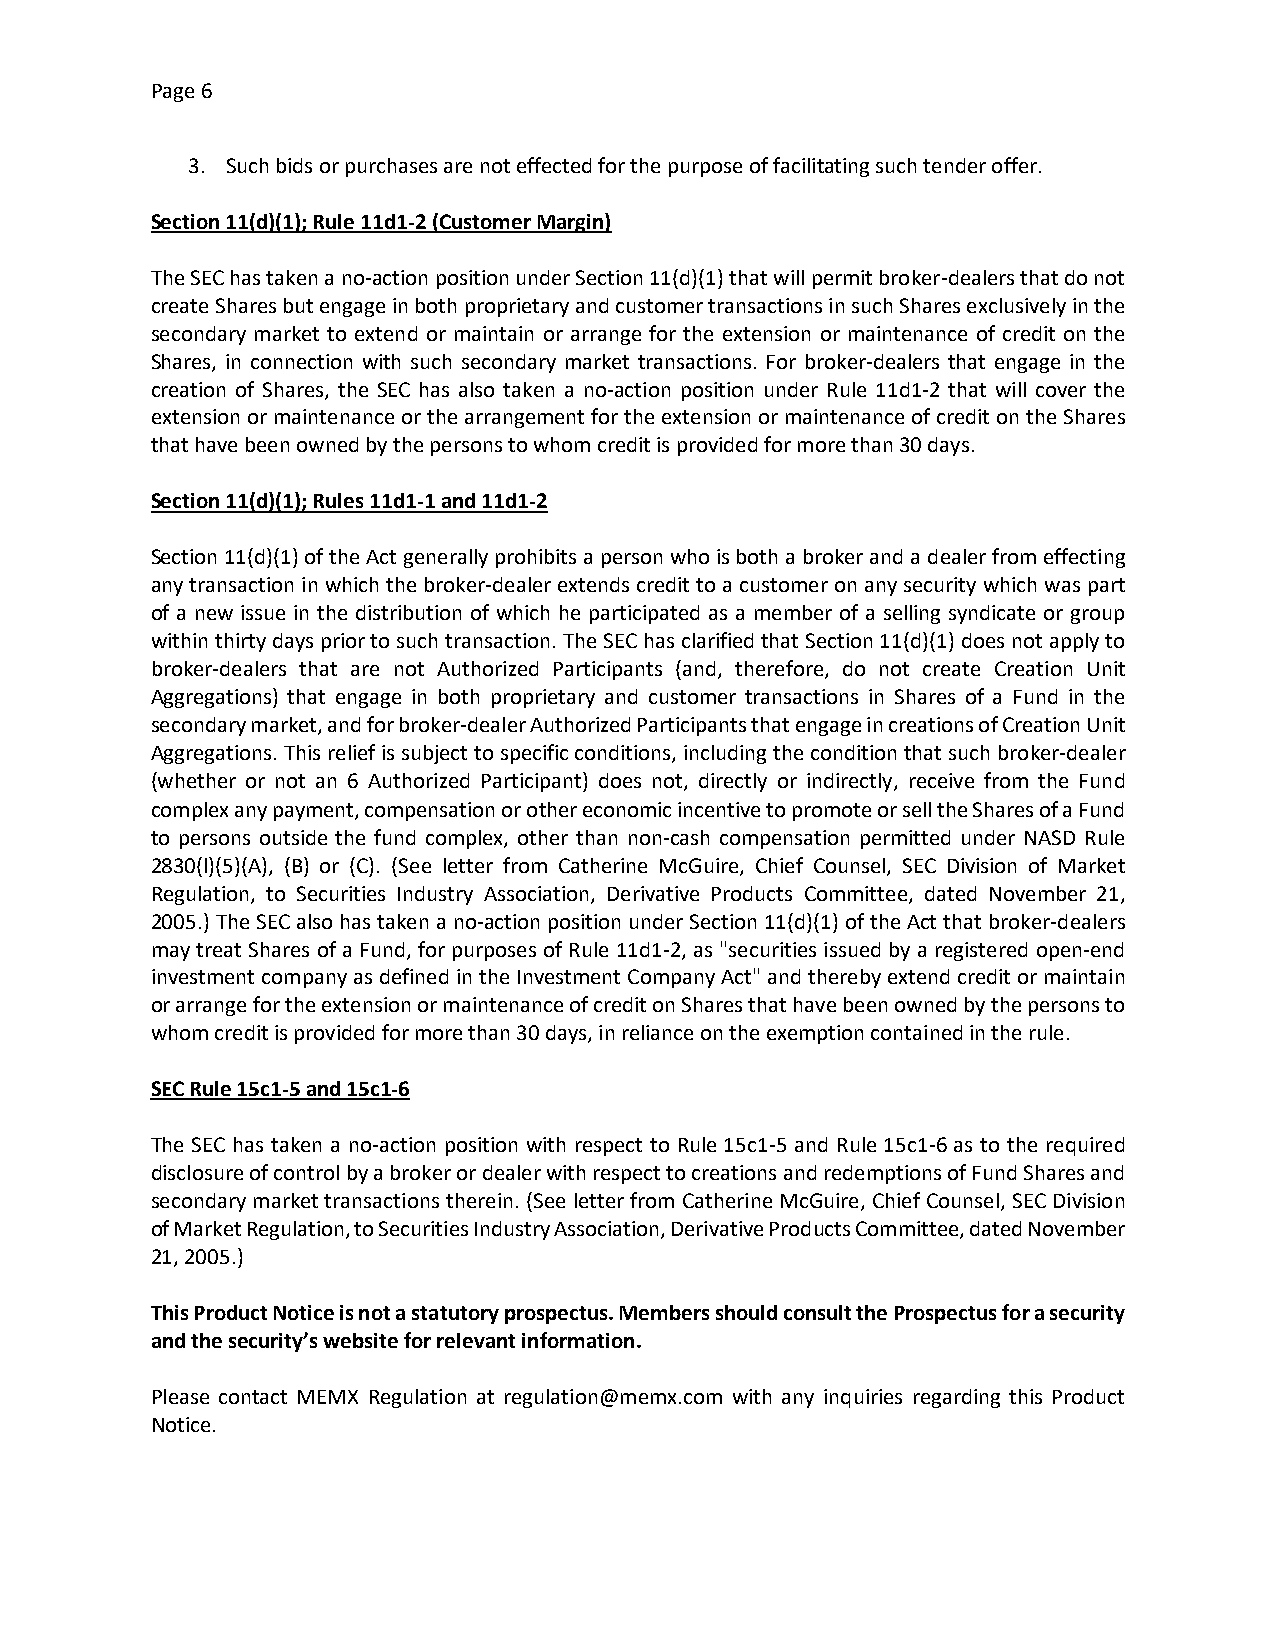
Page 6
 3. Such bids or purchases are not effected for the purpose of facilitating such tender offer.
 Section 11(d)(1); Rule 11d1-2 (Customer Margin)
 The SEC has taken a no-action position under Section 11(d)(1) that will permit broker-dealers that do not
 create Shares but engage in both proprietary and customer transactions in such Shares exclusively in the
 secondary market to extend or maintain or arrange for the extension or maintenance of credit on the
 Shares, in connection with such secondary market transactions. For broker-dealers that engage in the
 creation of Shares, the SEC has also taken a no-action position under Rule 11d1-2 that will cover the
 extension or maintenance or the arrangement for the extension or maintenance of credit on the Shares
 that have been owned by the persons to whom credit is provided for more than 30 days.
 Section 11(d)(1); Rules 11d1-1 and 11d1-2
 Section 11(d)(1) of the Act generally prohibits a person who is both a broker and a dealer from effecting
 any transaction in which the broker-dealer extends credit to a customer on any security which was part
 of a new issue in the distribution of which he participated as a member of a selling syndicate or group
 within thirty days prior to such transaction. The SEC has clarified that Section 11(d)(1) does not apply to
 broker-dealers that are not Authorized Participants (and, therefore, do not create Creation Unit
 Aggregations) that engage in both proprietary and customer transactions in Shares of a Fund in the
 secondary market, and for broker-dealer Authorized Participants that engage in creations of Creation Unit
 Aggregations. This relief is subject to specific conditions, including the condition that such broker-dealer
 (whether or not an 6 Authorized Participant) does not, directly or indirectly, receive from the Fund
 complex any payment, compensation or other economic incentive to promote or sell the Shares of a Fund
 to persons outside the fund complex, other than non-cash compensation permitted under NASD Rule
 2830(l)(5)(A), (B) or (C). (See letter from Catherine McGuire, Chief Counsel, SEC Division of Market
 Regulation, to Securities Industry Association, Derivative Products Committee, dated November 21,
 2005.) The SEC also has taken a no-action position under Section 11(d)(1) of the Act that broker-dealers
 may treat Shares of a Fund, for purposes of Rule 11d1-2, as "securities issued by a registered open-end
 investment company as defined in the Investment Company Act" and thereby extend credit or maintain
 or arrange for the extension or maintenance of credit on Shares that have been owned by the persons to
 whom credit is provided for more than 30 days, in reliance on the exemption contained in the rule.
 SEC Rule 15c1-5 and 15c1-6
 The SEC has taken a no-action position with respect to Rule 15c1-5 and Rule 15c1-6 as to the required
 disclosure of control by a broker or dealer with respect to creations and redemptions of Fund Shares and
 secondary market transactions therein. (See letter from Catherine McGuire, Chief Counsel, SEC Division
 of Market Regulation, to Securities Industry Association, Derivative Products Committee, dated November
 21, 2005.)
 This Product Notice is not a statutory prospectus. Members should consult the Prospectus for a security
 and the security’s website for relevant information.
 Please contact MEMX Regulation at regulation@memx.com with any inquiries regarding this Product
 Notice.